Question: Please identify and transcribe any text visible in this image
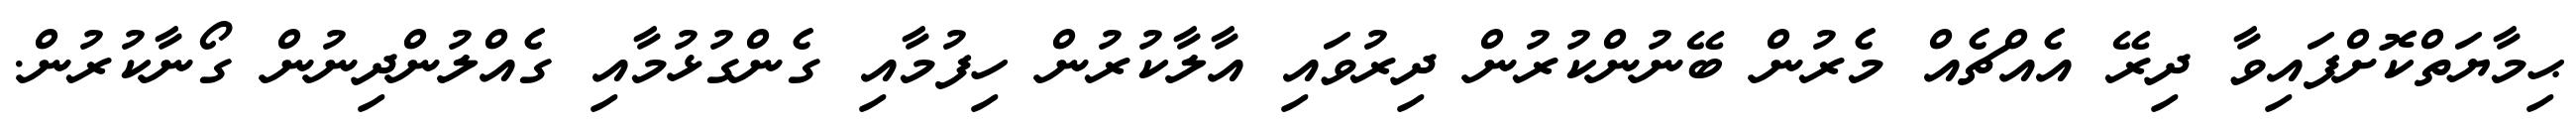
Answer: ޙިމާޔަތްކޮށްފައިވާ ދިރޭ އެއްޗެއް މެރުން ބޭނުންކުރުން ދިރުވައި އާލާކުރުން ހިފުމާއި ގެންގުޅުމާއި ގެއްލުންދިނުން ގޯނާކުރުން.